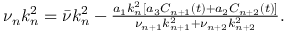
\begin{array} { r } { \nu _ { n } k _ { n } ^ { 2 } = \bar { \nu } k _ { n } ^ { 2 } - \frac { a _ { 1 } k _ { n } ^ { 2 } [ a _ { 3 } C _ { n + 1 } ( t ) + a _ { 2 } C _ { n + 2 } ( t ) ] } { \nu _ { n + 1 } k _ { n + 1 } ^ { 2 } + \nu _ { n + 2 } k _ { n + 2 } ^ { 2 } } . } \end{array}